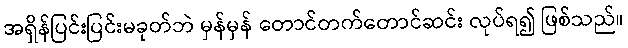
အရှိန်ပြင်းပြင်းမခုတ်ဘဲ မှန်မှန် တောင်တက်တောင်ဆင်း လုပ်ရ၍ ဖြစ်သည်။